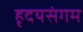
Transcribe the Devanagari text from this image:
हृदयसंगम